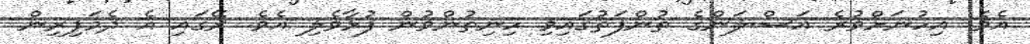
އެވެ. އިހުނަށްވުރެ އަސްލަންގެ ތުންފަތުގައިވި ހިނިތުންވުން ފުޅާވެލި އެވެ. ރޭގައި އެ ދެމަފިރިން